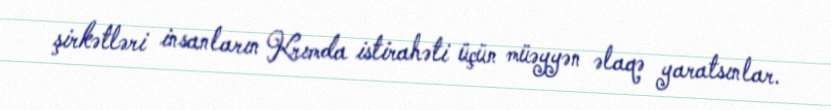
şirkətləri insanların Krımda istirahəti üçün müəyyən əlaqə yaratsınlar.